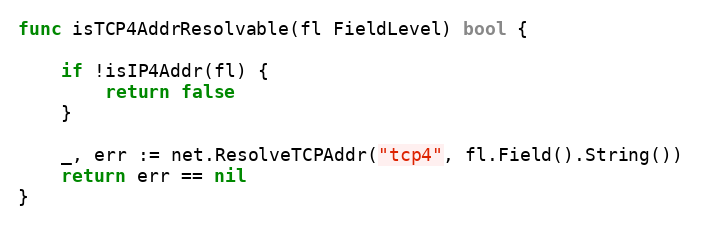
Language: Go
func isTCP4AddrResolvable(fl FieldLevel) bool {

	if !isIP4Addr(fl) {
		return false
	}

	_, err := net.ResolveTCPAddr("tcp4", fl.Field().String())
	return err == nil
}